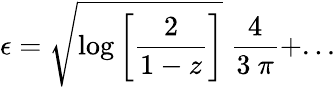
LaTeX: \epsilon=\sqrt{\log\left[\frac{2}{1-z}\right]}\ \frac{4}{3\ \pi}+...